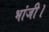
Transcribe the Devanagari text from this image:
भांजी।